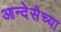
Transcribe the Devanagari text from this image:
आन्देसेच्या